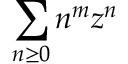
\sum _ { n \geq 0 } n ^ { m } z ^ { n }